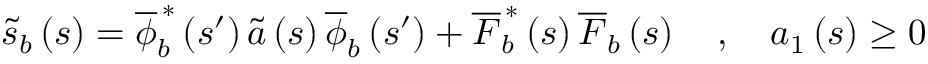
\begin{array} { r } { \widetilde { s } _ { b } \left( s \right) = \overline { { \phi } } _ { b } ^ { \, \ast } \left( s ^ { \prime } \right) \widetilde { a } \left( s \right) \overline { { \phi } } _ { b } \left( s ^ { \prime } \right) + \overline { { F } } _ { b } ^ { \, \ast } \left( s \right) \overline { { F } } _ { b } \left( s \right) \quad , \quad a _ { 1 } \left( s \right) \ge 0 } \end{array}